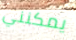
يمكنني